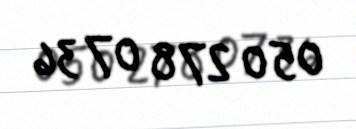
050 278 07 36